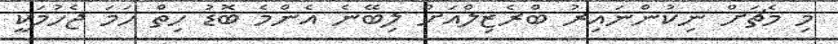
މި މެޗަށް ނިކުންނައިރު ބްރެޒިލްއަށް ލިބޭނެ އެންމެ ބޮޑު ހިތް ހަމަ ޖެހުމަކީ